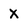
Character: x